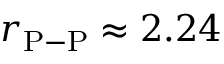
r _ { \mathrm { P - P } } \approx 2 . 2 4